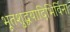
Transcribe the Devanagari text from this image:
भूतशुद्धयादिभिर्विना